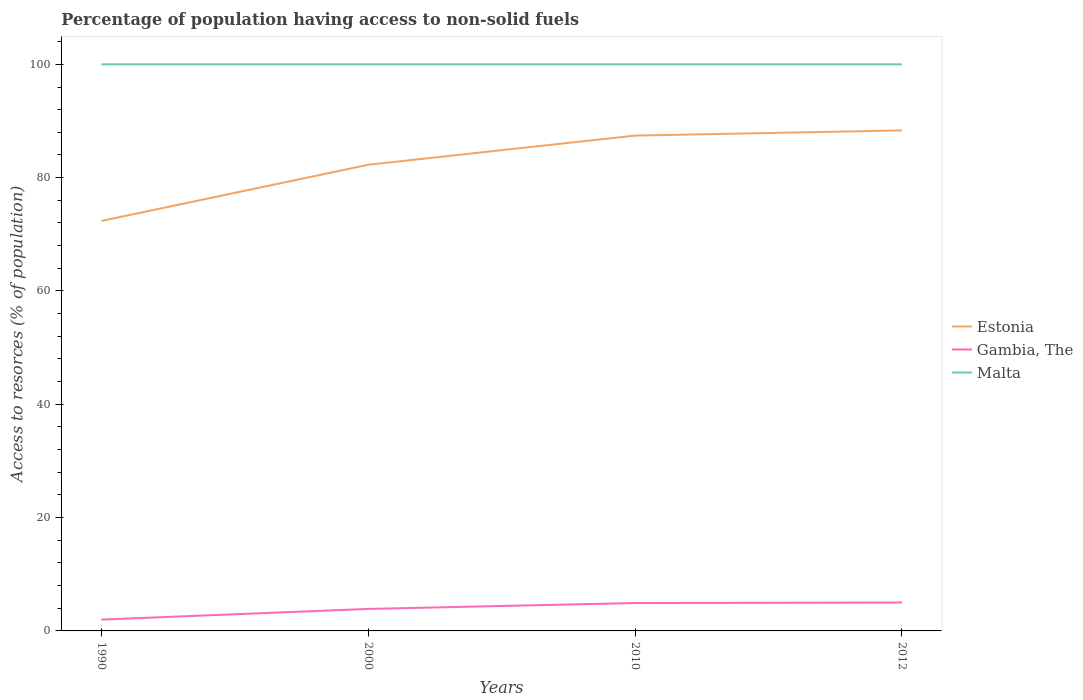
| Years | Estonia | Gambia, The | Malta |
 | --- | --- | --- | --- |
 | 1990 | 72.4 | 2 | 100 |
 | 2000 | 82.3 | 3.88 | 100 |
 | 2010 | 87.4 | 4.92 | 100 |
 | 2012 | 88.3 | 5.02 | 100 |